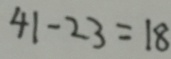
4 1 - 2 3 = 1 8